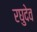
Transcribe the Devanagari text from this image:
रघुदेव